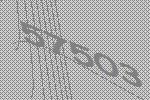
57503